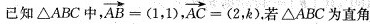
已知△ABC中， $$\overrightarrow{AB}=(1,1)$$ AC=(2，b)。若△ABC为直角